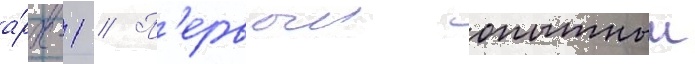
а́рх-1 // П'ервыи опытныи